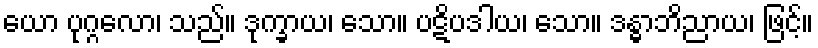
ယော ပုဂ္ဂလော၊ သည်။ ဒုက္ခာယ၊ သော။ ပဋိပဒါယ၊ သော။ ဒန္ဓာဘိညာယ၊ ဖြင့်။